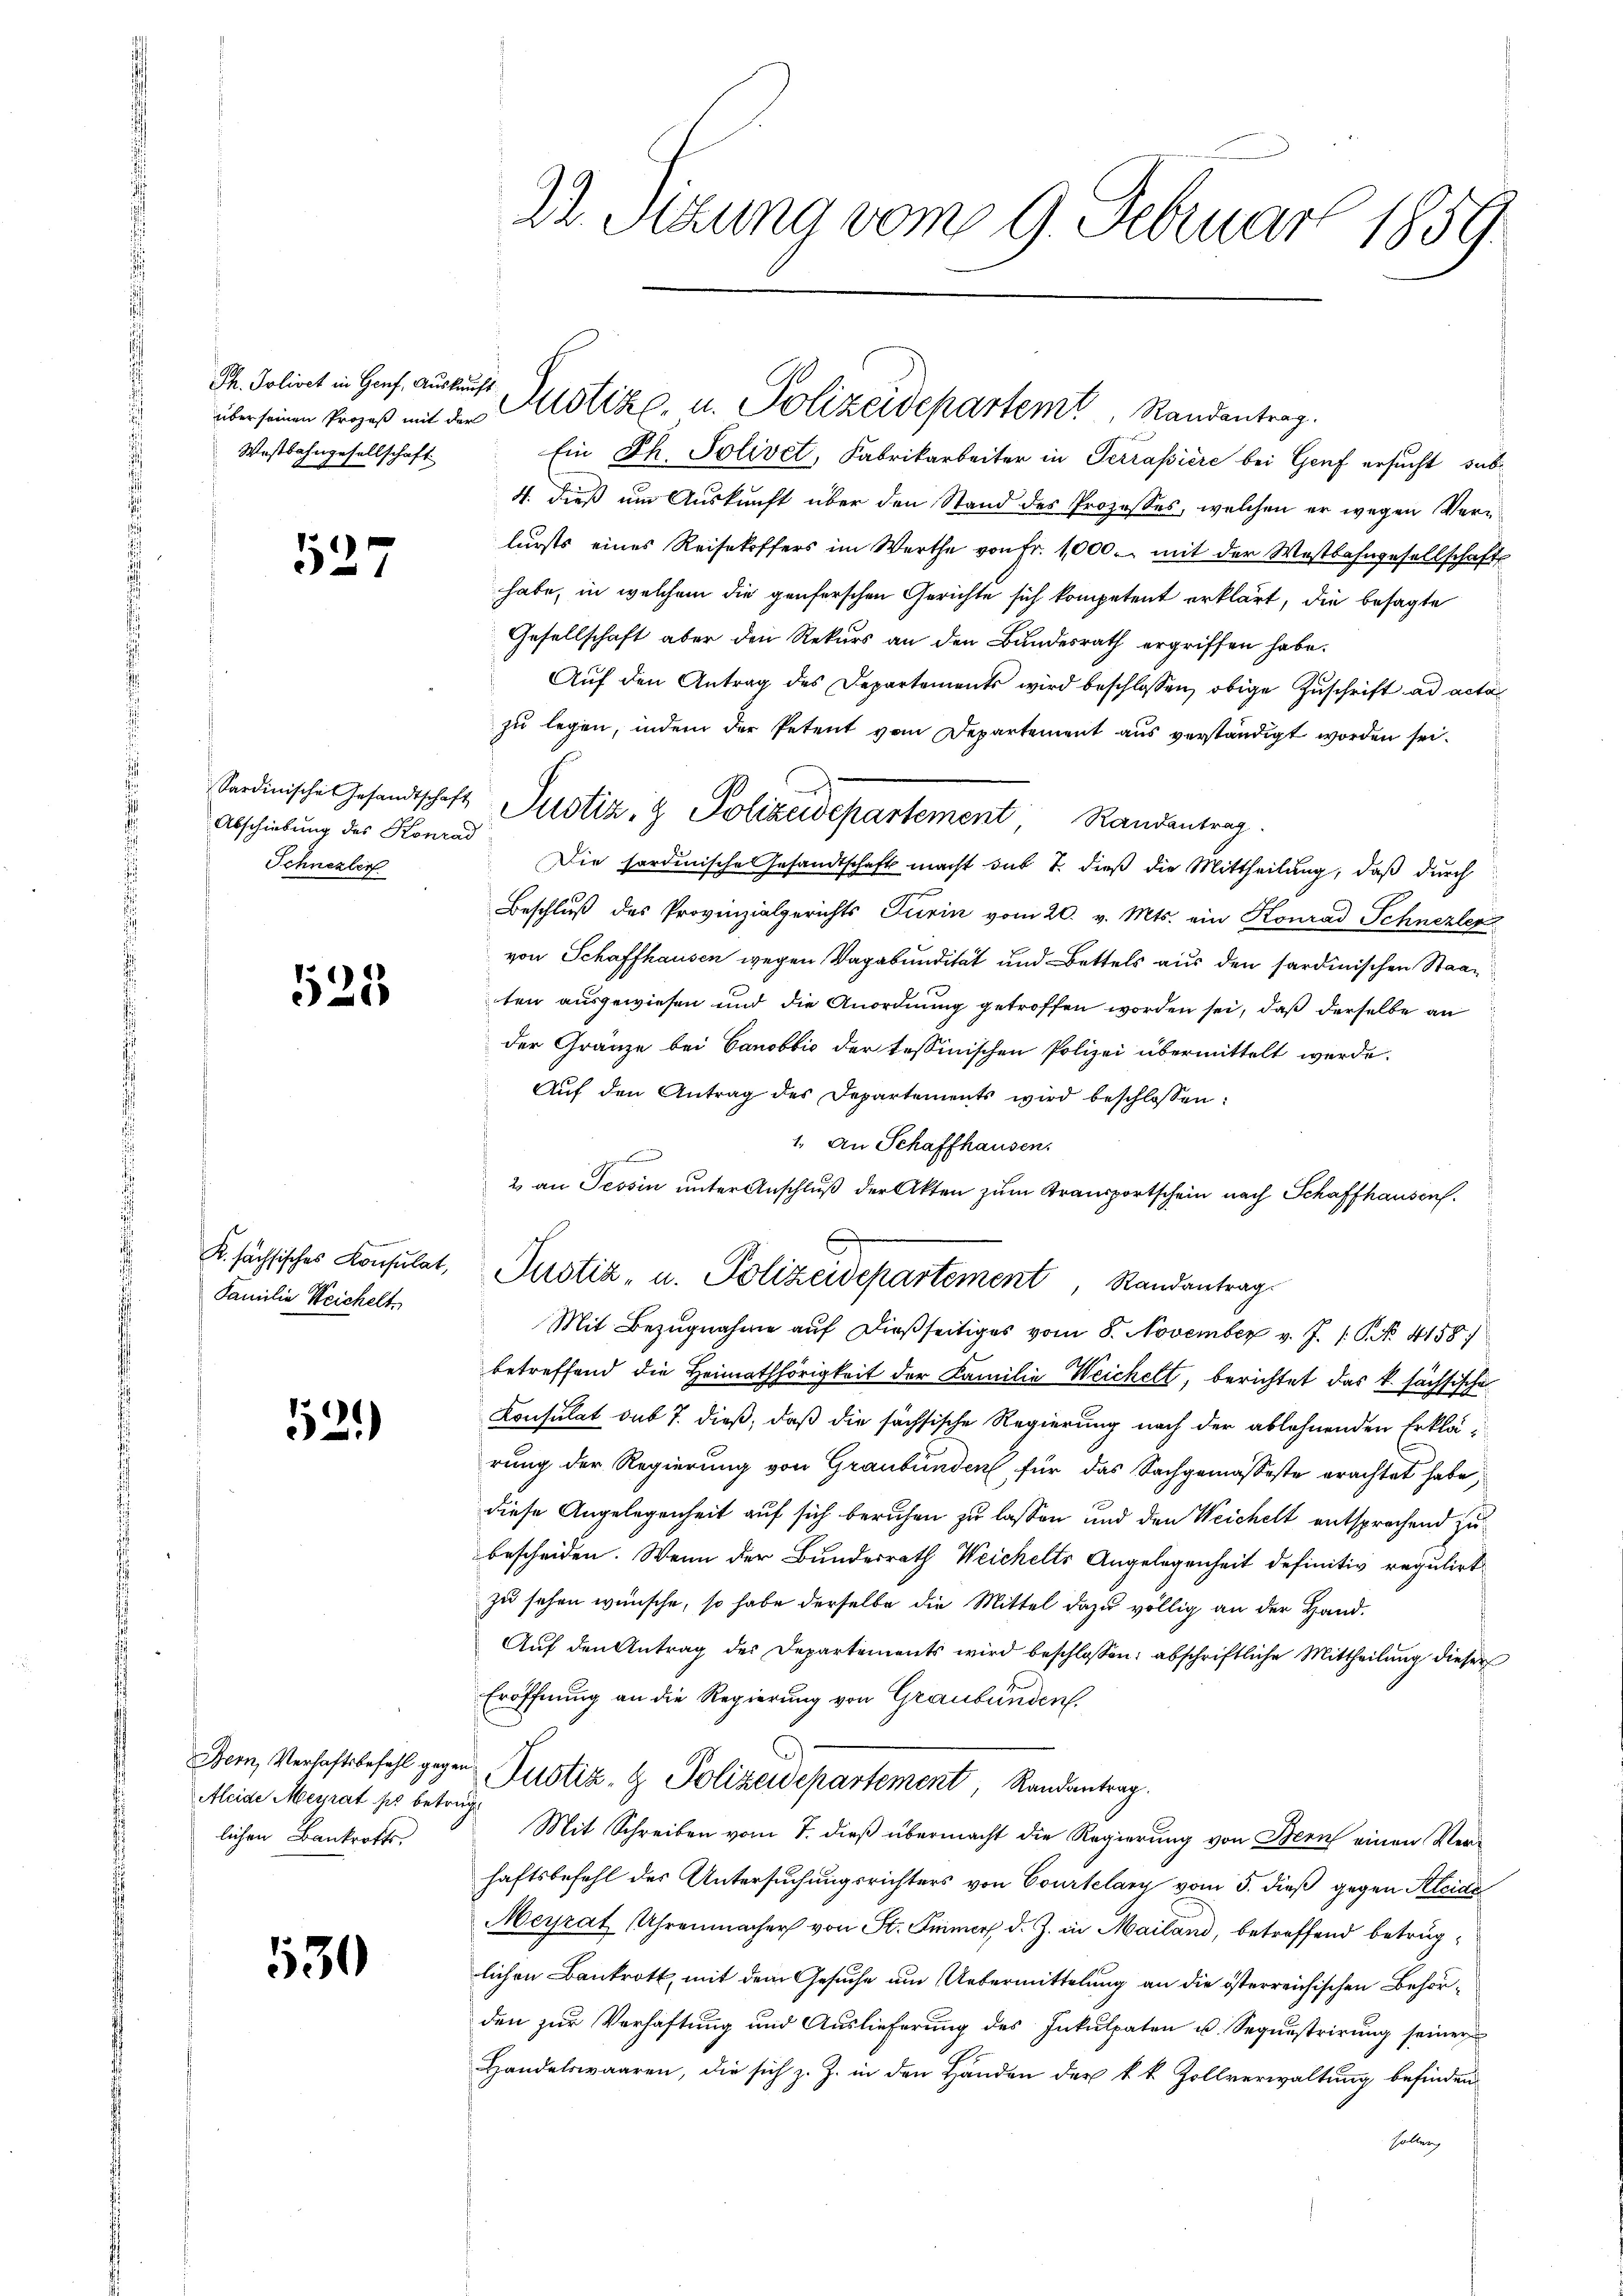
Ph. Policet in Genf, Auskauft
Wostbahngesellschaft

527

Abschiebung des Konrad
Schnezler

125

K. sächsisches Konsulat,
Familie Reichelt

521)

Bern, Verhaftsbefehl gegen
Aleide Meyrathes betrug
lichen Bankrotts.

130

22. Sitzung vom 9. Februar 1859

Ein Ph. Solivet, Fabrikarbeiter in Terrapiere bei Genf ersucht, sub¬
4. dieß um Auskunft über den Stand des Prozesses, welchen er wegen Verlusts eines Reisekoffers im Werthe von Fr. 1000. mit der Westbahngesellschaft
habe, in welchem die genferschen Gerichte sich kompetent erklärt, die besagte
Gesellschaft aber den Rekurs an den Bundesrath ergriffen habe.
Aŭf den Antrag des Departements wird beschlossen, obige Zuschrift ad acta
zu legen, indem der Petent vom Departement aus verständigt worden sei.
Die fordinische Gesandtschaft macht sub 7. dieß die Mittheilung, daß durch
Beschluß des Provinzialgerichts Turin vom 20. v. Mts. ein Konrad Schnezler
von Schaffhausen wegen Vagabundität und Bettels aus den sardinischen Staaten ausgewiesen und die Anordnung getroffen worden sei, daß derselbe an
der Gränze bei Canobbić der tessinischen Polizei übermittelt werde.
Aŭf den Antrag des Departements wird beschlossen:
1. An Schaffhausen.
F
2 an Tessin unter Anschluß der Akten zum Transportschein nach Schaffhausen.
Mit Bezugnahme auf dießseitiges vom 8. November v. J. P. No. 4158)
betreffend die Heimathörigkeit der Familie Weichelt, berichtet das k. sächsische
Konsulat sub 7. dieß, daß die sächsische Regierung nach der ablehnenden Erklärung der Regierung von Graubünden für das Sachgemäßeste erachtet habe
diese Angelegenheit auf sich beruhen zu lassen und den Weichelt entsprechend zubescheiden. Wenn der Bundesrath Weichelts Angelegenheit definitiv regulirt
zu sehen wünsche, so habe derselbe die Mittel dazu völlig an der Hand.
Aŭf den Antrag der Departements wird beschlossen: abschriftliche Mittheilung dieser
Eröffnung an die Regierung von Graubünden.
Justiz- & Polizeidepartement Randantrag.
Mit Schreiben vom 7. dieß übermacht die Regierung von Bern einen Verhaftsbefehl des Untersuchungsrichters von Courtelary vom 5. dieß gegen Kleide
Meyrat Uhrenmacher von St. Immer d. J. in Mailand, betreffend betrüglichen Bankrott, mit dem Gesuche um Uebermittelung an die österreichischen Behörden zur Verhaftung und Auslieferung des Inkulpaten u. Sequestrirung seiner
Handelswaaren, die sich z. Z. in den Händen der k. k. Zollverwaltŭng befinden
Höller

über seinen Prozeß mit der Sistik- u. Polizeidepartem Randantrag.

Sardinische Gesandtschaft Justiz- & Polizeidepartement Randantrag

Justiz- u. Polizeidepartement Randantrag